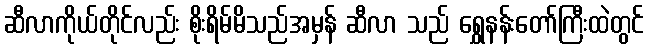
ဆီလာကိုယ်တိုင်လည်း စိုးရိမ်မိသည်အမှန် ဆီလာ သည် ရွှေနန်းတော်ကြီးထဲတွင်